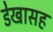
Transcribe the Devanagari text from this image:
डेखासह